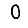
Digit: 0